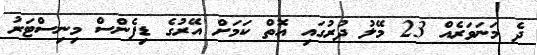
ދެ މަނަވަރެއް 23 މޭލު ދުރުގައި އޮތް ކަމަށް އޭރުގެ ޑިފެންސް މިނިސްޓަރު